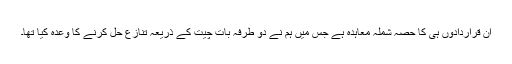
ان قراردادوں ہی کا حصہ شملہ معاہدہ ہے جس میں ہم نے دو طرفہ بات چیت کے ذریعہ تنازع حل کرنے کا وعدہ کیا تھا۔